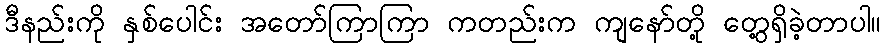
ဒီနည်းကို နှစ်ပေါင်း အတော်ကြာကြာ ကတည်းက ကျနော်တို့ တွေ့ရှိခဲ့တာပါ။